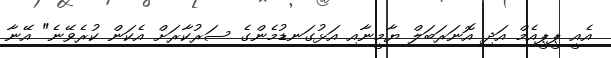
އެއީ ޕީޕީއެމް އަދި އޮނަރަބަލް ޔާމީނާއި އަޅުގަނޑުމެންގެ ސަރުކާރަށް އެކަން ކުރެވޭނެ" އޭނާ